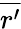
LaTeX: \overline{{r^{\prime}}}